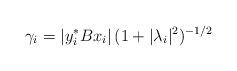
LaTeX: \begin{align*}\gamma_i=|y_i^*Bx_i| \, (1+|\lambda_i|^2)^{-1/2}\end{align*}